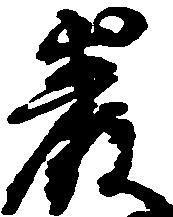
巌